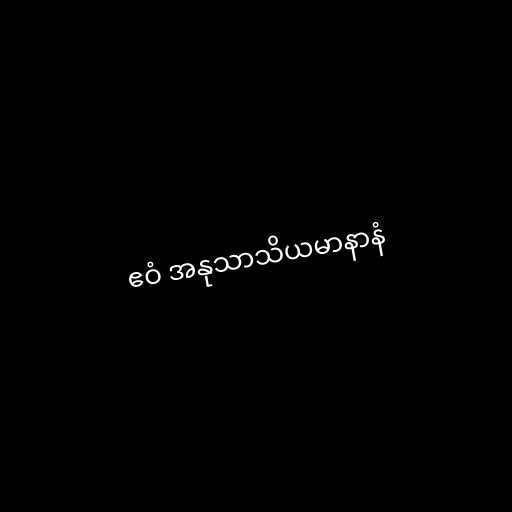
ဧဝံ အနုသာသိယမာနာနံ